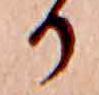
か